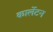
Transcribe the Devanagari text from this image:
कार्लेटन